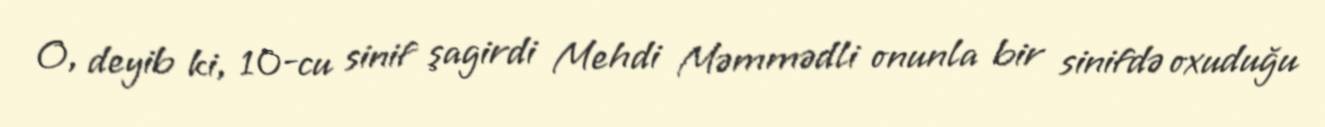
O, deyib ki, 10-cu sinif şagirdi Mehdi Məmmədli onunla bir sinifdə oxuduğu